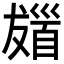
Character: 𩠖